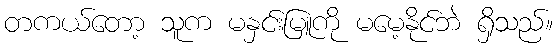
တကယ်တော့ သူက မနှင်းမြူကို မမေ့နိုင်ဘဲ ရှိသည်။